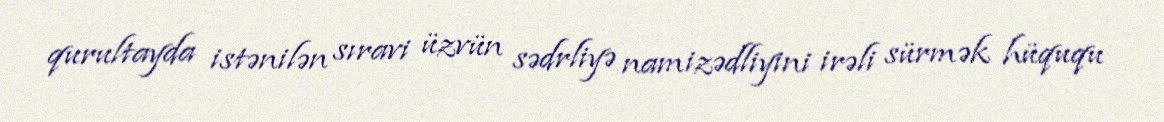
qurultayda istənilən sıravi üzvün sədrliyə namizədliyini irəli sürmək hüququ